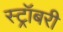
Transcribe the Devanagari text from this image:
स्ट्रॉबरी